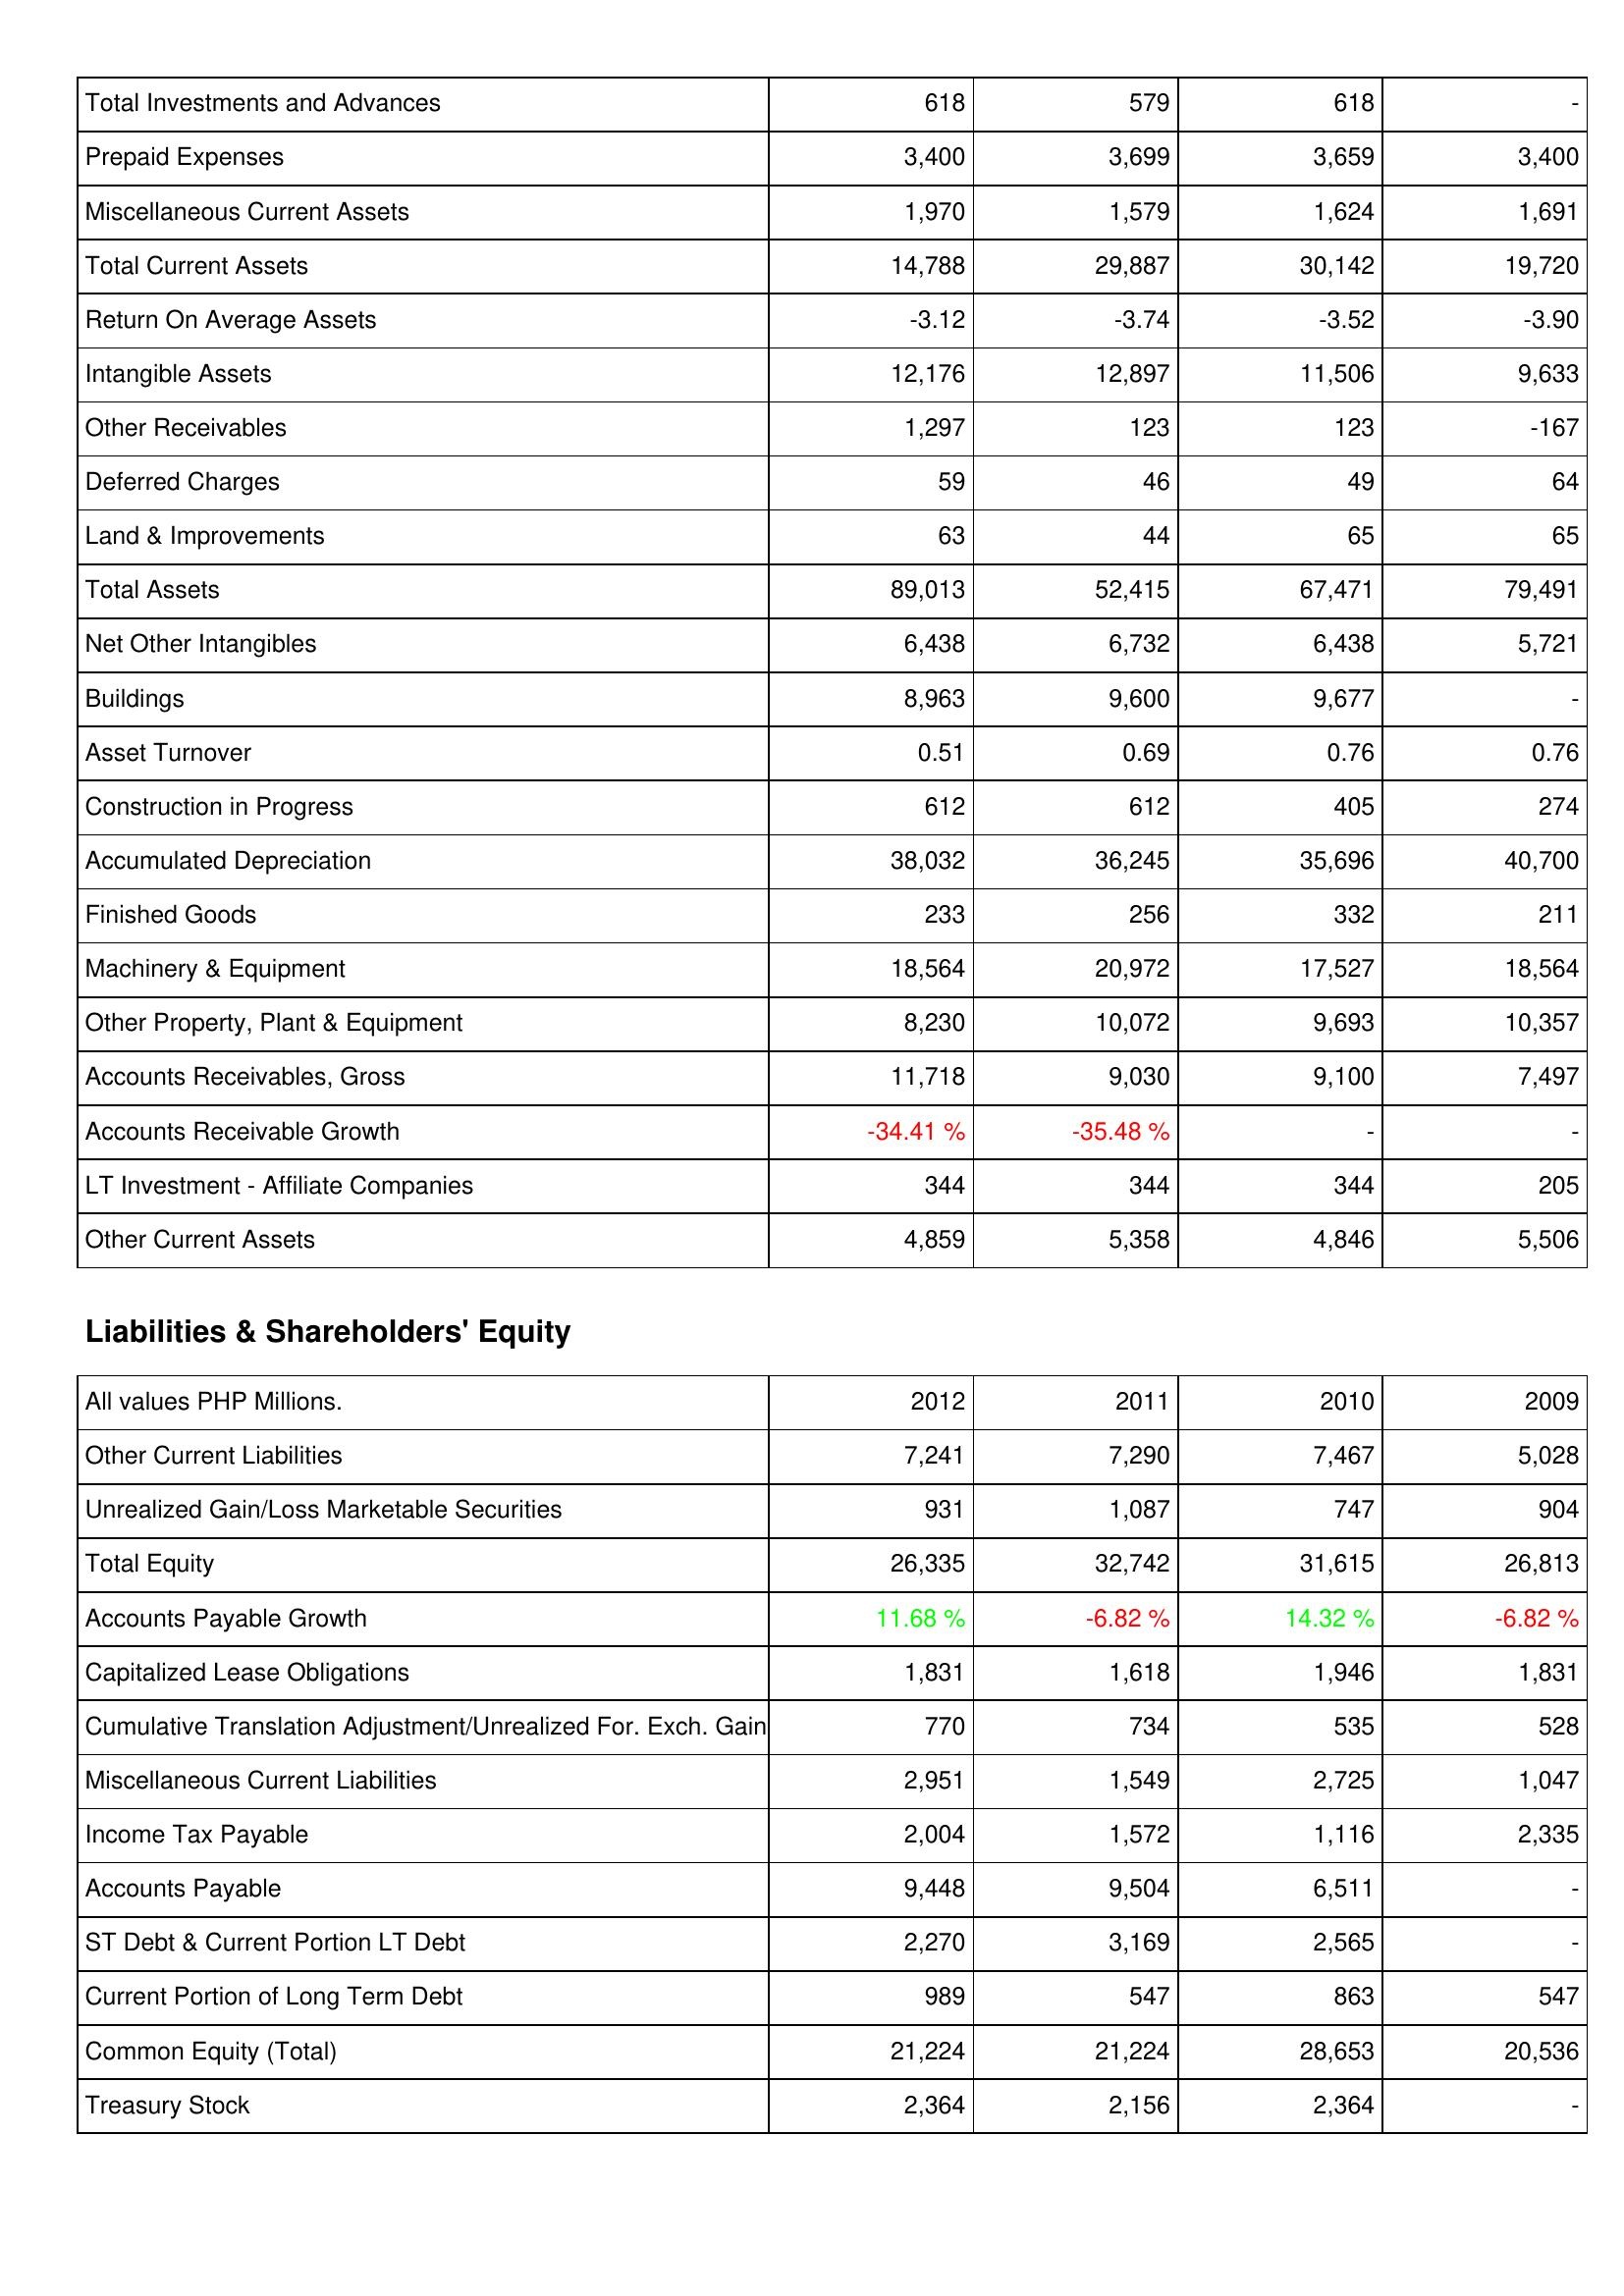
2012: Assets: Total Investments and Advances: 618
Prepaid Expenses: 3,400
Miscellaneous Current Assets: 1,970
Total Current Assets: 14,788
Return On Average Assets: -3.12
Intangible Assets: 12,176
Other Receivables: 1,297
Deferred Charges: 59
Land & Improvements: 63
Total Assets: 89,013
Net Other Intangibles: 6,438
Buildings: 8,963
Asset Turnover: 0.51
Construction in Progress: 612
Accumulated Depreciation: 38,032
Finished Goods: 233
Machinery & Equipment: 18,564
Other Property, Plant & Equipment: 8,230
Accounts Receivables, Gross: 11,718
Accounts Receivable Growth: -34.41 %
LT Investment - Affiliate Companies: 344
Other Current Assets: 4,859
Liabilities & Shareholders' Equity: Other Current Liabilities: 7,241
Unrealized Gain/Loss Marketable Securities: 931
Total Equity: 26,335
Accounts Payable Growth: 11.68 %
Capitalized Lease Obligations: 1,831
Cumulative Translation Adjustment/Unrealized For. Exch. Gain: 770
Miscellaneous Current Liabilities: 2,951
Income Tax Payable: 2,004
Accounts Payable: 9,448
ST Debt & Current Portion LT Debt: 2,270
Current Portion of Long Term Debt: 989
Common Equity (Total): 21,224
Treasury Stock: 2,364
2011: Assets: Total Investments and Advances: 579
Prepaid Expenses: 3,699
Miscellaneous Current Assets: 1,579
Total Current Assets: 29,887
Return On Average Assets: -3.74
Intangible Assets: 12,897
Other Receivables: 123
Deferred Charges: 46
Land & Improvements: 44
Total Assets: 52,415
Net Other Intangibles: 6,732
Buildings: 9,600
Asset Turnover: 0.69
Construction in Progress: 612
Accumulated Depreciation: 36,245
Finished Goods: 256
Machinery & Equipment: 20,972
Other Property, Plant & Equipment: 10,072
Accounts Receivables, Gross: 9,030
Accounts Receivable Growth: -35.48 %
LT Investment - Affiliate Companies: 344
Other Current Assets: 5,358
Liabilities & Shareholders' Equity: Other Current Liabilities: 7,290
Unrealized Gain/Loss Marketable Securities: 1,087
Total Equity: 32,742
Accounts Payable Growth: -6.82 %
Capitalized Lease Obligations: 1,618
Cumulative Translation Adjustment/Unrealized For. Exch. Gain: 734
Miscellaneous Current Liabilities: 1,549
Income Tax Payable: 1,572
Accounts Payable: 9,504
ST Debt & Current Portion LT Debt: 3,169
Current Portion of Long Term Debt: 547
Common Equity (Total): 21,224
Treasury Stock: 2,156
2010: Assets: Total Investments and Advances: 618
Prepaid Expenses: 3,659
Miscellaneous Current Assets: 1,624
Total Current Assets: 30,142
Return On Average Assets: -3.52
Intangible Assets: 11,506
Other Receivables: 123
Deferred Charges: 49
Land & Improvements: 65
Total Assets: 67,471
Net Other Intangibles: 6,438
Buildings: 9,677
Asset Turnover: 0.76
Construction in Progress: 405
Accumulated Depreciation: 35,696
Finished Goods: 332
Machinery & Equipment: 17,527
Other Property, Plant & Equipment: 9,693
Accounts Receivables, Gross: 9,100
Accounts Receivable Growth: -
LT Investment - Affiliate Companies: 344
Other Current Assets: 4,846
Liabilities & Shareholders' Equity: Other Current Liabilities: 7,467
Unrealized Gain/Loss Marketable Securities: 747
Total Equity: 31,615
Accounts Payable Growth: 14.32 %
Capitalized Lease Obligations: 1,946
Cumulative Translation Adjustment/Unrealized For. Exch. Gain: 535
Miscellaneous Current Liabilities: 2,725
Income Tax Payable: 1,116
Accounts Payable: 6,511
ST Debt & Current Portion LT Debt: 2,565
Current Portion of Long Term Debt: 863
Common Equity (Total): 28,653
Treasury Stock: 2,364
2009: Assets: Total Investments and Advances: -
Prepaid Expenses: 3,400
Miscellaneous Current Assets: 1,691
Total Current Assets: 19,720
Return On Average Assets: -3.90
Intangible Assets: 9,633
Other Receivables: -167
Deferred Charges: 64
Land & Improvements: 65
Total Assets: 79,491
Net Other Intangibles: 5,721
Buildings: -
Asset Turnover: 0.76
Construction in Progress: 274
Accumulated Depreciation: 40,700
Finished Goods: 211
Machinery & Equipment: 18,564
Other Property, Plant & Equipment: 10,357
Accounts Receivables, Gross: 7,497
Accounts Receivable Growth: -
LT Investment - Affiliate Companies: 205
Other Current Assets: 5,506
Liabilities & Shareholders' Equity: Other Current Liabilities: 5,028
Unrealized Gain/Loss Marketable Securities: 904
Total Equity: 26,813
Accounts Payable Growth: -6.82 %
Capitalized Lease Obligations: 1,831
Cumulative Translation Adjustment/Unrealized For. Exch. Gain: 528
Miscellaneous Current Liabilities: 1,047
Income Tax Payable: 2,335
Accounts Payable: -
ST Debt & Current Portion LT Debt: -
Current Portion of Long Term Debt: 547
Common Equity (Total): 20,536
Treasury Stock: -